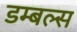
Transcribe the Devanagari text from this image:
डम्बल्स